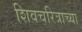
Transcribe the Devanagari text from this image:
शिवचरित्राच्या